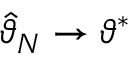
{ \hat { \vartheta } } _ { N } \rightarrow \vartheta ^ { * }